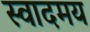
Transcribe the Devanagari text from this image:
स्वादमय